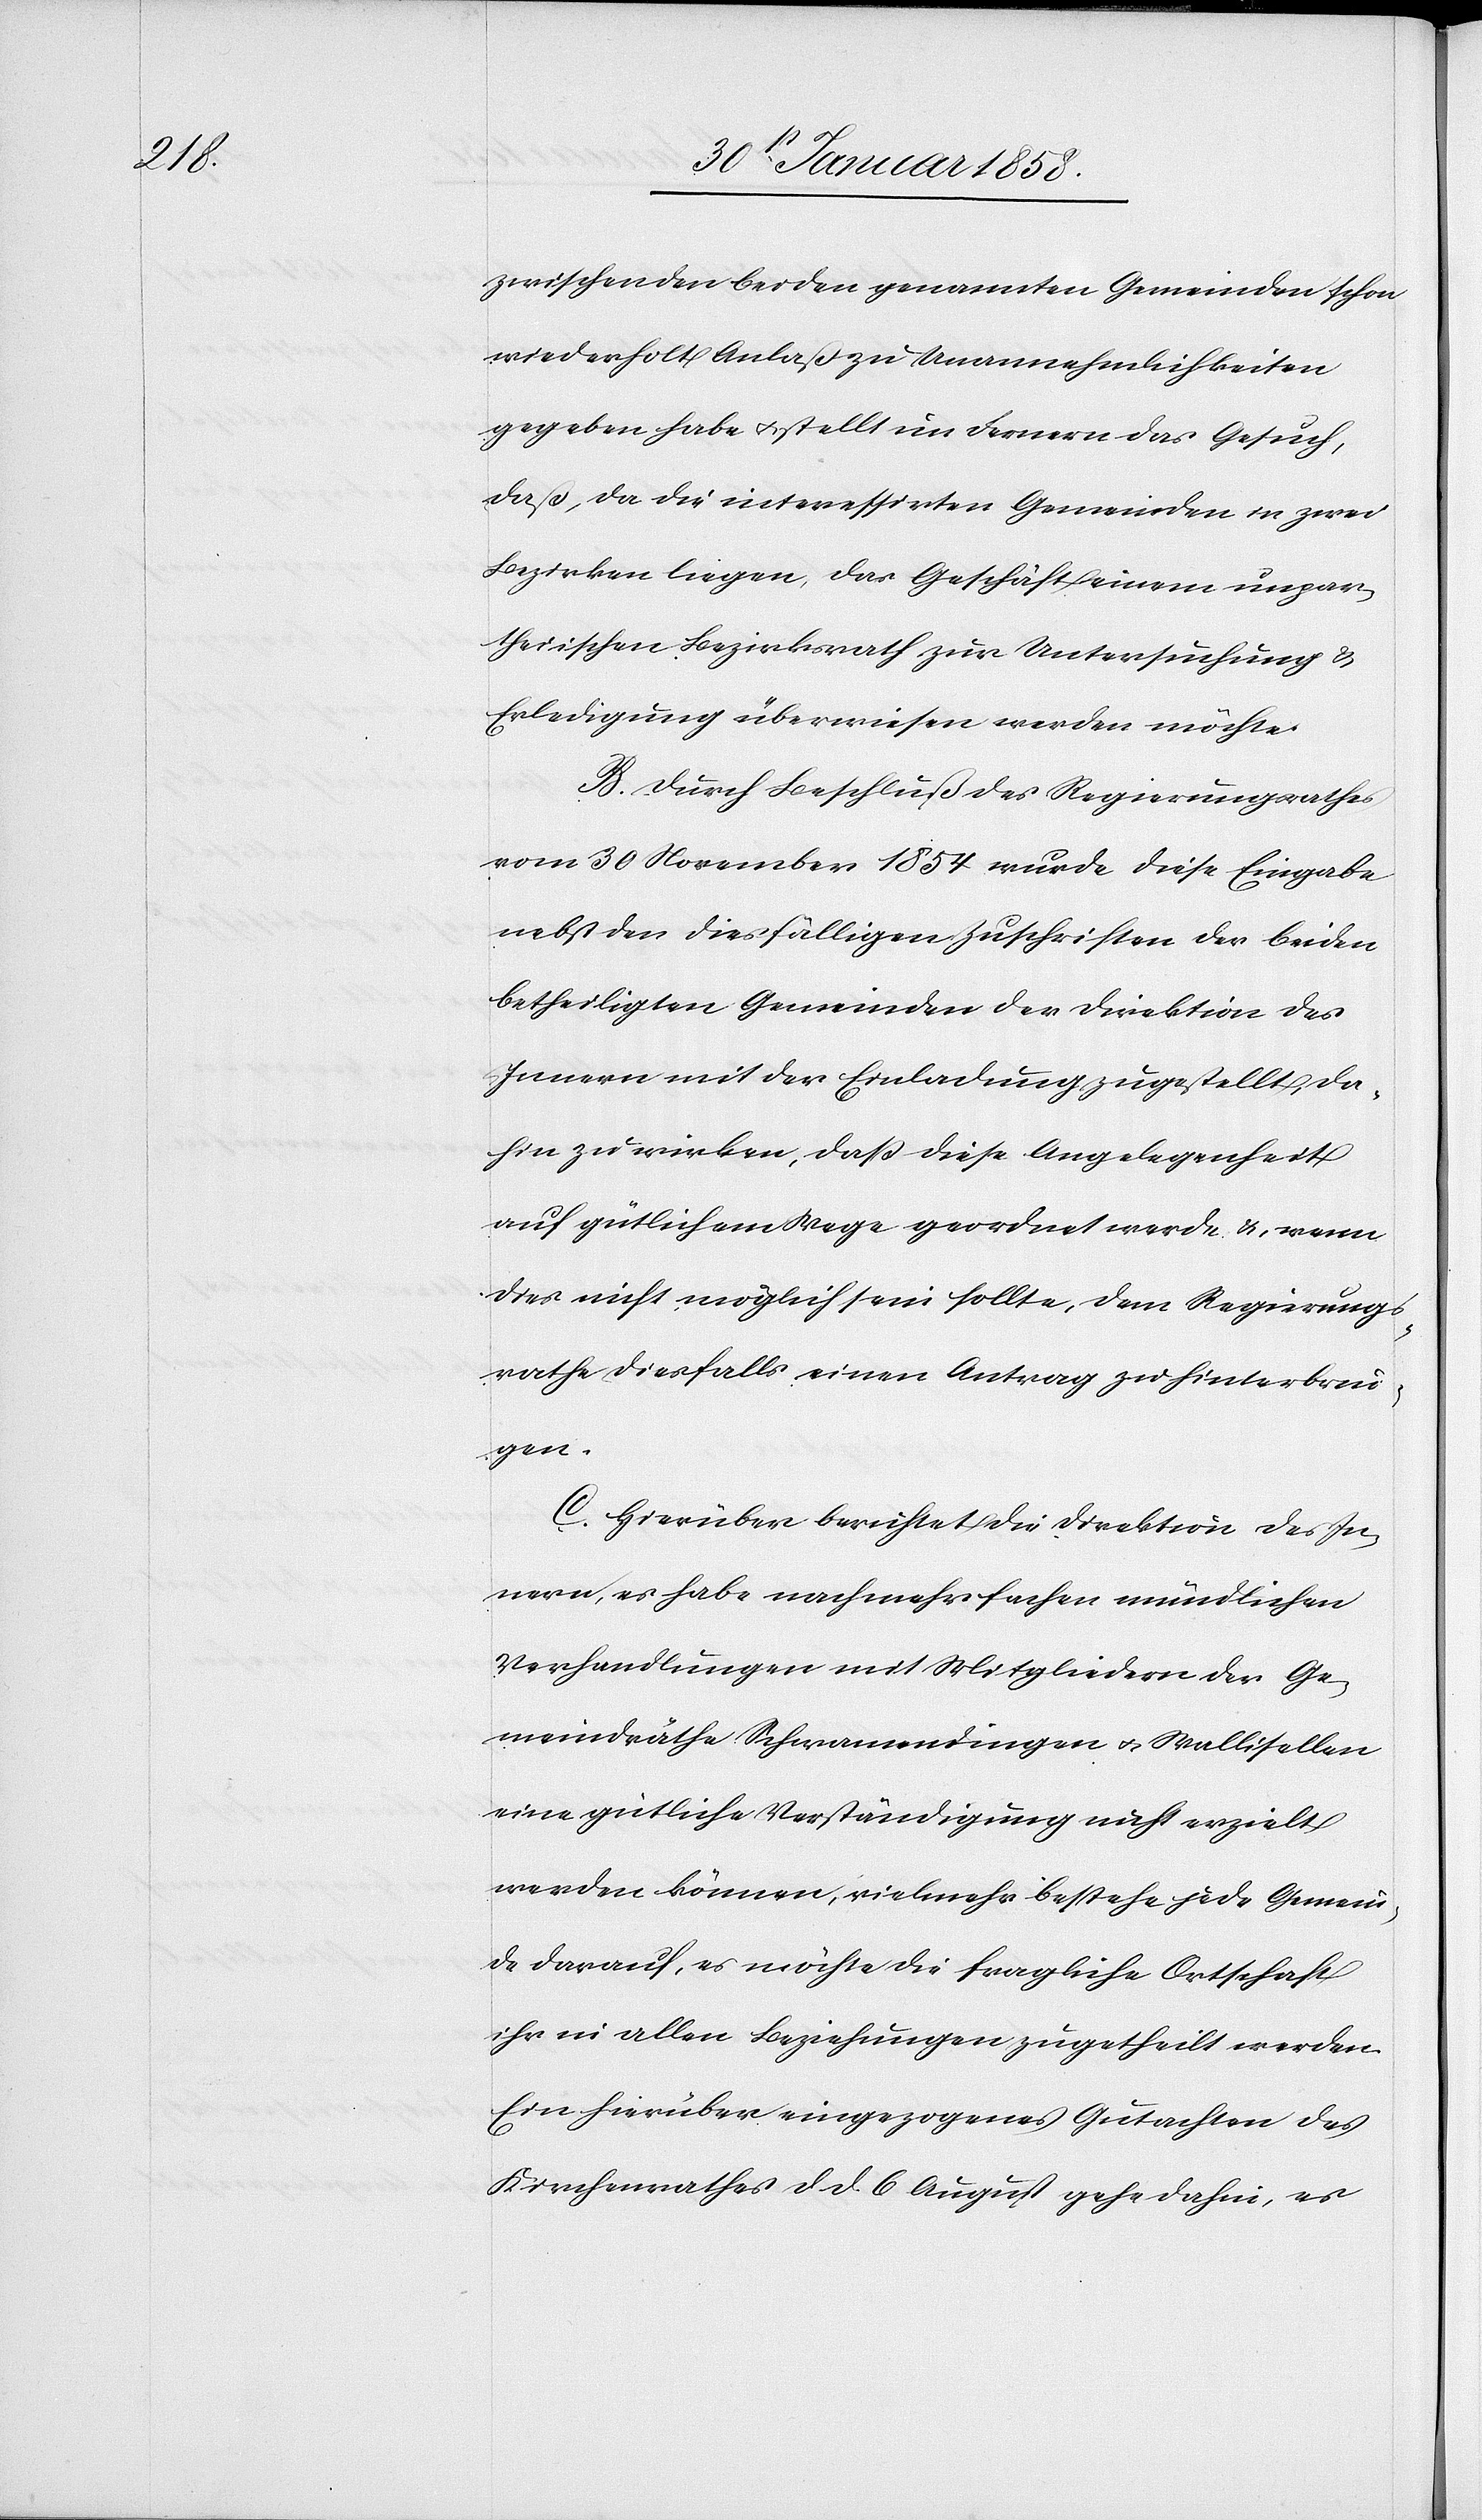
zwischen den beiden genannten Gemeinden schon
wiederholt Anlaß zu Unannehmlichkeiten
gegeben habe u. stellt im Fernern das Gesuch,
daß, da die interessirten Gemeinden in zwei
Bezirken liegen, das Geschäft einem unpar¬
theiischen Bezirksrath zur Untersuchung &
Erledigung überwiesen werden möchte.
B. Durch Beschluß des Regierungsrathes
vom 30 November 1854 wurde diese Eingabe
nebst den diesfälligen Zuschriften der beiden
betheiligten Gemeinden der Direktion des
Innern mit der Einladung zugestellt, da¬
hin zu wirken, daß diese Angelegenheit
auf gütlichem Wege geordnet werde &, wenn
dies nicht möglich sein sollte, dem Regierungs¬
rathe diesfalls einen Antrag zu hinterbrin¬
gen.
C. Hierüber berichtet die Direktion des In¬
nern, es habe nach mehrfachen mündlichen
Verhandlungen mit Mitgliedern der Ge¬
meindräthe Schwamendingen u. Wallisellen
eine gütliche Verständigung nicht erzielt
werden können, vielmehr bestehe jede Gemein¬
de darauf, es möchte die fragliche Ortschaft
ihr in allen Beziehungen zugetheilt werden.
Ein hierüber eingezogenes Gutachten des
Kirchenrathes d. d. 6. August gehe dahin, es